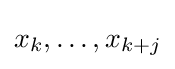
x_{k},\ldots ,x_{k+j}